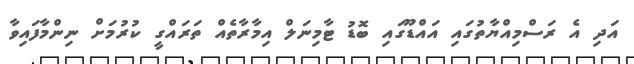
އަދި އެ ރަސްމިއްޔާތުގައި އައްޑޫގައި ބޮޑު ޓާމިނަލް އިމާރާތެއް ތަރައްގީ ކުރުމަށް ނިންމާފައިވާ